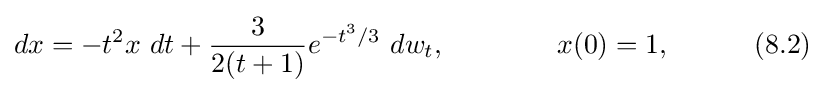
dx=-t^{2}x{\text{ }}dt+{\frac {3}{2(t+1)}}e^{-t^{3}/3}{\text{ }}dw_{t},\qquad \qquad x(0)=1,\qquad \quad (8.2)